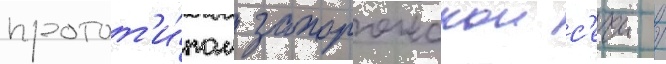
протот'и́пом запорожскои с'ечи /